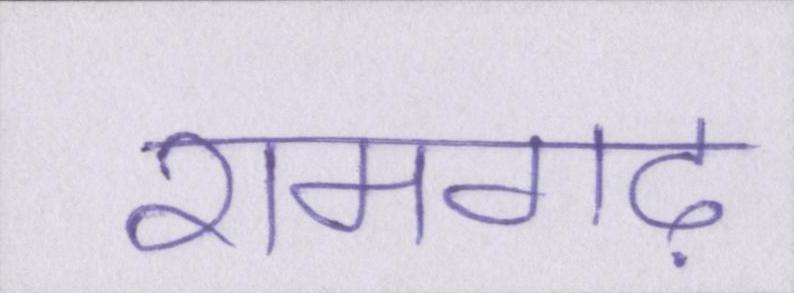
रामगढ़